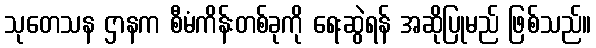
သုတေသန ဌာနက စီမံကိန်းတစ်ခုကို ရေးဆွဲရန် အဆိုပြုမည် ဖြစ်သည်။